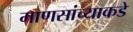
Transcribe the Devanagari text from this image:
माणसांच्याकडे